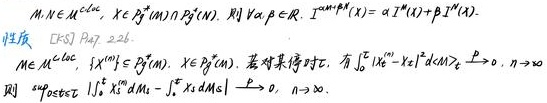
$M, N \in \mathcal{M}^{loc}, X \in \mathcal{P}^m(M) \cap \mathcal{P}^n(N)$. 则 $\forall \alpha, \beta \in \mathbb{R}, I^{\alpha M+\beta N}(X)=\alpha I^M(X)+\beta I^N(X)$.

性质 [KS] Page 226.

$M \in \mathcal{M}^{loc}, \{X^n\} \subseteq \mathcal{P}^m(M), X \in \mathcal{P}^m(M)$. 若对某停时 $\tau$, 有 $\int_0^{\tau}|X_t^n - X_t|^2 d\langle M\rangle_t \stackrel{\mathbb{P}}{\longrightarrow} 0, n \to \infty$, 则 $\sup_{0 \leq t \leq \tau}|\int_0^t X_s^n dM_s - \int_0^t X_s dM_s| \stackrel{\mathbb{P}}{\longrightarrow} 0, n \to \infty$.